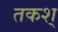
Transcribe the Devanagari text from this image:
तकश्